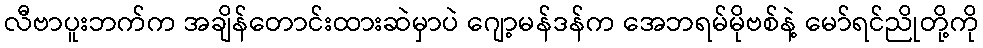
လီဗာပူးဘက်က အချိန်တောင်းထားဆဲမှာပဲ ဂျော့မန်ဒန်က အေဘရမ်မိုဗစ်နဲ့ မော်ရင်ညိုတို့ကို